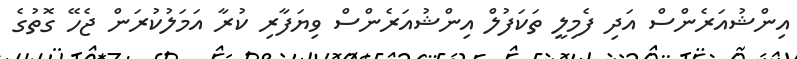
އިންޝުއަރެންސް އަދި ފެމިލީ ތަކަފުލް އިންޝުއަރެންސް ވިޔަފާރި ކުރާ އަމަލުކުރަން ޖެހޭ ގޮތުގެ